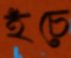
হঁচে